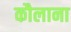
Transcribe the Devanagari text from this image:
कौलाना